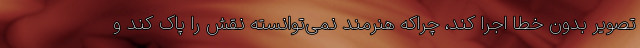
تصویر بدون خطا اجرا کند، چراکه هنرمند نمی‌توانسته نقش را پاک کند و